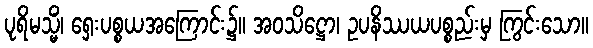
ပုရိမသ္မိံ၊ ရှေးပစ္စယအကြောင်း၌။ အဝသိဋ္ဌော၊ ဥပနိဿယပစ္စည်းမှ ကြွင်းသော။